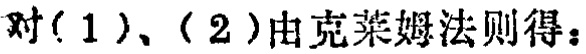
对(1)、(2)由克莱姆法则得：